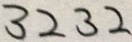
3 2 3 2